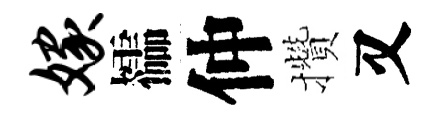
嫁櫺仲攢又